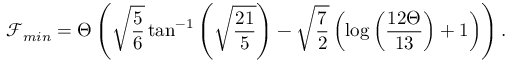
\mathcal { F } _ { m i n } = \Theta \left( \sqrt { \frac { 5 } { 6 } } \tan ^ { - 1 } \left( \sqrt { \frac { 2 1 } { 5 } } \right) - \sqrt { \frac { 7 } { 2 } } \left( \log \left( \frac { 1 2 \Theta } { 1 3 } \right) + 1 \right) \right) .